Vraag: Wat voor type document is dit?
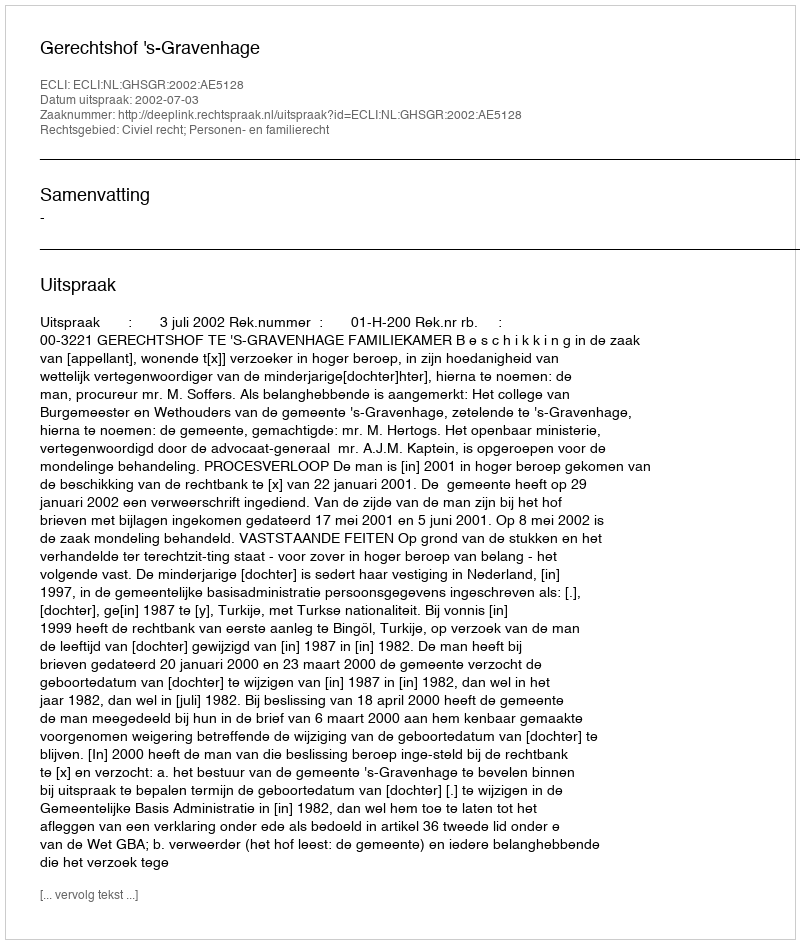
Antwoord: Uitspraak